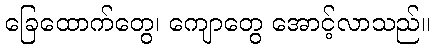
ခြေထောက်တွေ၊ ကျောတွေ အောင့်လာသည်။